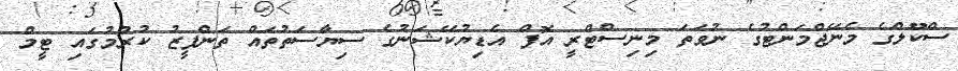
ސްކޫލްގެ މެނޭޖްމަންޓުގެ ނުވަތަ މިނިސްޓްރީ އޮފް އެޑިޔުކޭޝަނުގެ ސިޔާސަތުތައް ތަންފީޒު ކުރުމުގައި ޓީމް